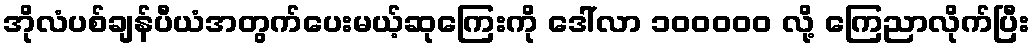
အိုလံပစ်ချန်ပီယံအတွက်ပေးမယ့်ဆုကြေးကို ဒေါ်လာ ၁၀၀၀၀၀ လို့ ကြေညာလိုက်ပြီး